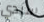
سيدي